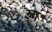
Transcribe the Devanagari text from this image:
स्वा॰